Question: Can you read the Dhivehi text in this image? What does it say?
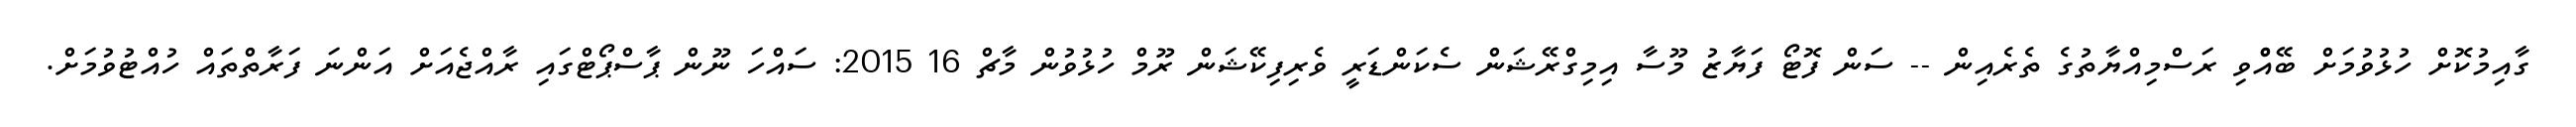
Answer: ގާއިމުކޮށް ހުޅުވުމަށް ބޭއްްވި ރަސްމިއްޔާތުގެ ތެރެއިން -- ސަން ފޮޓޯ ފަޔާޒު މޫސާ އިމިގްރޭޝަން ސެކަންޑަރީ ވެރިފިކޭޝަން ރޫމް ހުޅުވުން މާޗް 16 2015: ސައްހަ ނޫން ޕާސްޕޯޓްގައި ރާއްޖެއަށް އަންނަ ފަރާތްތައް ހުއްޓުވުމަށް.